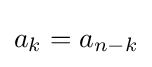
a_{k}=a_{n-k}